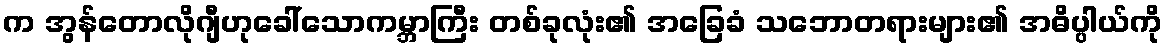
က အွန်တောလိုဂျီဟုခေါ်သောကမ္ဘာကြီး တစ်ခုလုံး၏ အခြေခံ သဘောတရားများ၏ အဓိပ္ပါယ်ကို